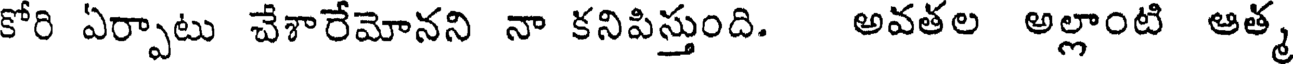
కోరి ఏర్పాటు చేశారేమోనని నా కనిపిస్తుంది. అవతల అల్లాంటి ఆత్మ